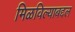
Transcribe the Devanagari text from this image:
मिळविल्याबद्दल